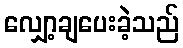
လျှော့ချပေးခဲ့သည်